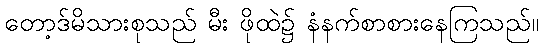
တော့ဒ်မိသားစုသည် မီး ဖိုထဲ၌ နံနက်စာစားနေကြသည်။